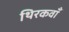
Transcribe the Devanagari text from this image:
थिरकवाँ